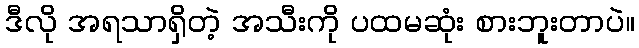
ဒီလို အရသာရှိတဲ့ အသီးကို ပထမဆုံး စားဘူးတာပဲ။